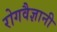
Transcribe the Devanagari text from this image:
रोगवैज्ञानी